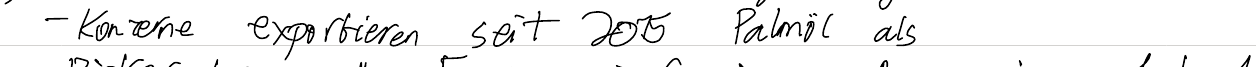
- Konzerne exportieren seit 2015 Palmöl als